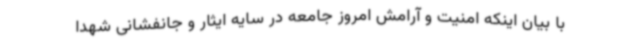
با بیان اینکه امنیت و آرامش امروز جامعه در سایه ایثار و جانفشانی شهدا